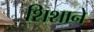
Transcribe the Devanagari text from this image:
शिशाने